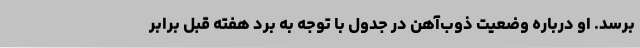
برسد. او درباره وضعیت ذوب‌آهن در جدول با توجه به برد هفته قبل برابر